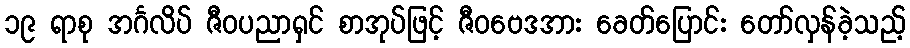
၁၉ ရာစု အင်္ဂလိပ် ဇီဝပညာရှင် စာအုပ်ဖြင့် ဇီဝဗေဒအား ခေတ်ပြောင်း တော်လှန်ခဲ့သည့်